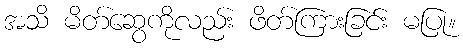
အသိ မိတ်ဆွေကိုလည်း ဖိတ်ကြားခြင်း မပြု။